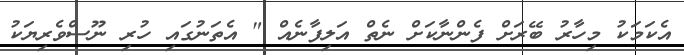
އެކަމަކު މިހާރު ބޭރަށް ފެންނާކަށް ނެތް އަލިފާނެއް " އެތަނުގައި ހުރި ނޫސްވެރިޔަކު